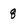
Character: 8